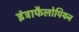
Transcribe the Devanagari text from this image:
इंट्राफैलोपियन